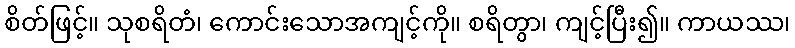
စိတ်ဖြင့်။ သုစရိတံ၊ ကောင်းသောအကျင့်ကို။ စရိတွာ၊ ကျင့်ပြီး၍။ ကာယဿ၊